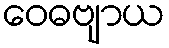
ဝေဓဗျာယ